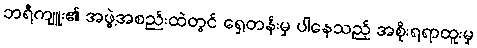
ဘရီကျူး၏ အဖွဲ့အစည်းထဲတွင် ရှေ့တန်းမှ ပါနေသည့် အစိုးရရာထူးမှ